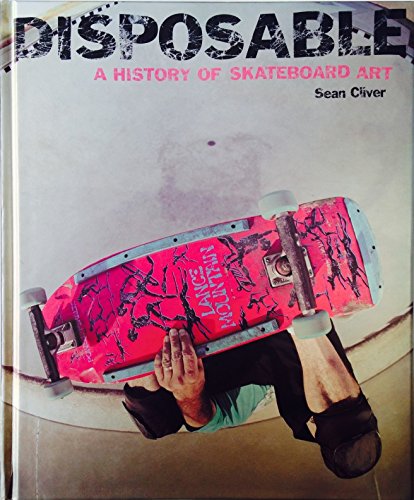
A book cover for Disposable a History of Skateboard Art; Sean Cliver; Sports & Outdoors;